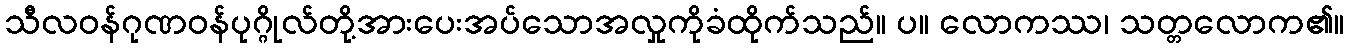
သီလဝန်ဂုဏဝန်ပုဂ္ဂိုလ်တို့အားပေးအပ်သောအလှုကိုခံထိုက်သည်။ ပ။ လောကဿ၊ သတ္တလောက၏။